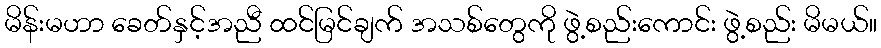
မိန်းမဟာ ခေတ်နှင့်အညီ ထင်မြင်ချက် အသစ်တွေကို ဖွဲ့စည်းကောင်း ဖွဲ့စည်း မိမယ်။